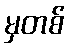
မှတစ်